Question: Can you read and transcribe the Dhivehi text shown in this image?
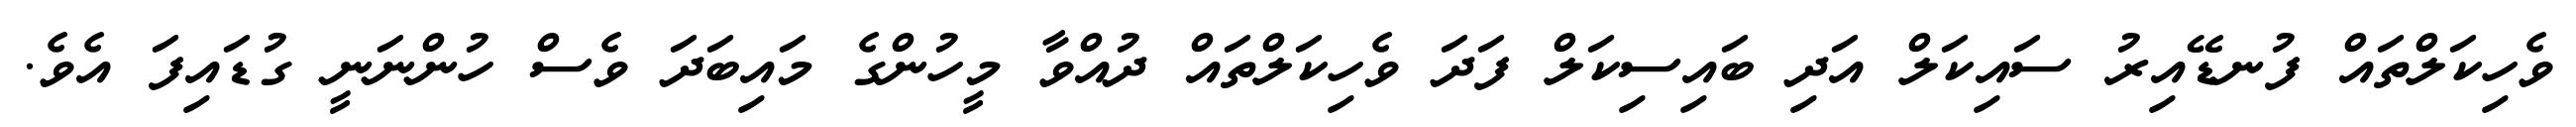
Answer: ވެހިކަލްތައް ފުނޑޭއިރު ސައިކަލް އަދި ބައިސިކަލް ފަދަ ވެހިކަލްތައް ދުއްވާ މީހުންގެ މައިބަދަ ވެސް ހުންނަނީ ގުޑައިފަ އެވެ.